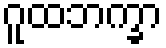
ဂူထဘက္ခာ